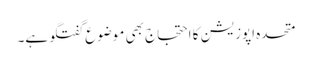
متحدہ اپوزیشن کا احتجاج بھی موضوعِ گفتگو ہے۔